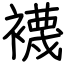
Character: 襪